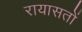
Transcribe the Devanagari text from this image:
रायासतों